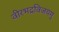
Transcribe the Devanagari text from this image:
वीरभद्रविजयमु